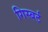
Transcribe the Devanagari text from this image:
गिस्बर्ट